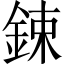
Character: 鋉